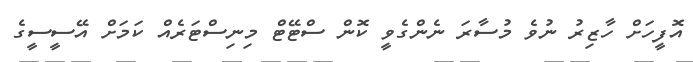
އޮފީހަށް ހާޒިރު ނުވެ މުސާރަ ނެންގެވީ ކޮން ސްޓޭޓް މިނިސްޓަރެއް ކަމަށް އޭސީސީގެ